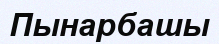
Пынарбашы